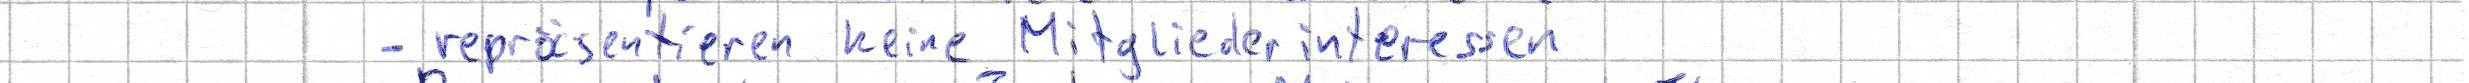
- repräsentieren keine Mitgliederinteressen